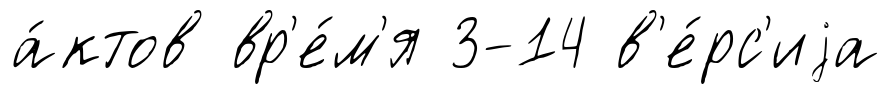
а́ктов вр'е́м'я 3-14 в'е́рс'иjа